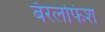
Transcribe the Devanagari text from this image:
बॅरलफिश